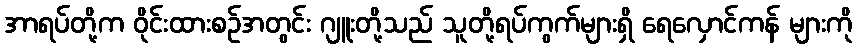
အာရပ်တို့က ဝိုင်းထားစဉ်အတွင်း ဂျူးတို့သည် သူတို့ရပ်ကွက်များရှိ ရေလှောင်ကန် များကို